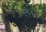
યિહાઈ